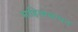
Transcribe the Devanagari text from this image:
साहित्यसाधन